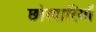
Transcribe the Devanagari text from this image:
छोरदारियों